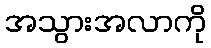
အသွားအလာကို